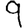
Digit: 9